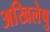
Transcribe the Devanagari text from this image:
अखिलेषु